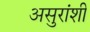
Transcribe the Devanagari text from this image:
असुरांशी